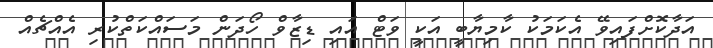
އަދާކޮށްފައިވޭ އެކަމަކު ކާމިޔާބީ އަކީ ވަޓް އައި ޑިޒާވް ހޯދަން މަސައްކަތްކުރި އެއްޗެއް